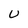
Character: U